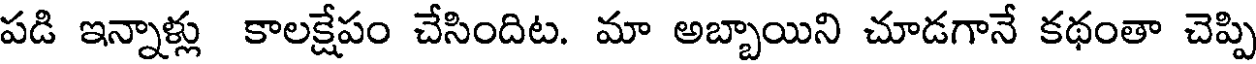
పడి ఇన్నాళ్లు కాలక్షేపం చేసిందిట. మా అబ్బాయిని చూడగానే కథంతా చెప్పి